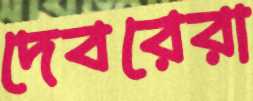
দেবরেরা